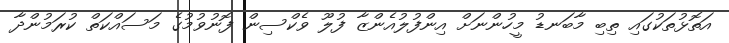
އަތޮޅުތަކުގައި ތިބި މާބަނޑު މީހުންނަށް އިންފުލުއެންޒާ ފުލޫ ވެކްސިން ފޮނުވުމުގެ މަސައްކަތް ކުރަމުންދާ